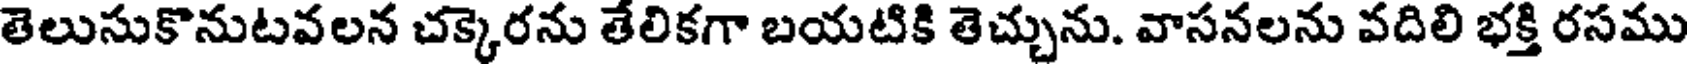
తెలుసుకొనుటవలన చక్కెరను తేలికగా బయటికి తెచ్చును. వాసనలను వదిలి భక్తి రసము